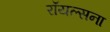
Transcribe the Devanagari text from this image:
रॉयल्सना